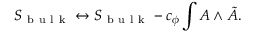
S _ { \mathrm { ~ b ~ u ~ l ~ k ~ } } \leftrightarrow S _ { \mathrm { ~ b ~ u ~ l ~ k ~ } } - c _ { \phi } \int A \wedge \tilde { A } .